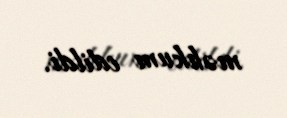
məhkum edildi.